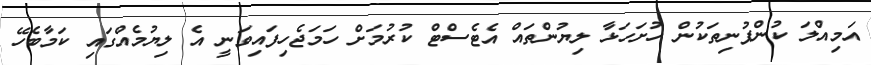
އަމިއްލަ ކުންފުނިތަކުން ހުށަހަޅާ ލިޔުންތައް އެޓެސްޓް ކުރުމަށް ހަމަޖެހިފައިވަނީ އެ ލިޔުމެއްގައި ކަމާބެހޭ